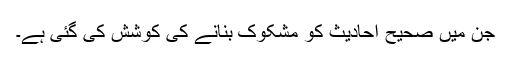
جن میں صحیح احادیث کو مشکوک بنانے کی کوشش کی گئی ہے۔